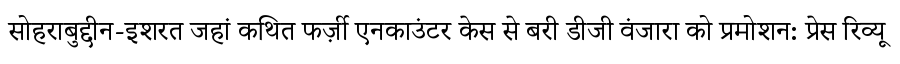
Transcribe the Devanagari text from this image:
सोहराबुद्दीन-इशरत जहां कथित फर्ज़ी एनकाउंटर केस से बरी डीजी वंजारा को प्रमोशन: प्रेस रिव्यू